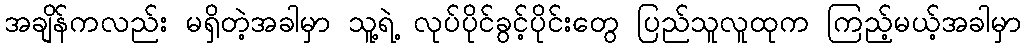
အချိန်ကလည်း မရှိတဲ့အခါမှာ သူ့ရဲ့ လုပ်ပိုင်ခွင့်ပိုင်းတွေ ပြည်သူလူထုက ကြည့်မယ့်အခါမှာ